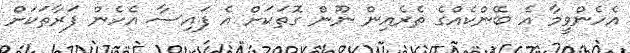
އެހެންވީމާ އެ ބޭންކެއްގެ ތެރެއިން ނޫން ގޮތަކަށް އެ ފައިސާ އެހެން ފަރާތަކަށް